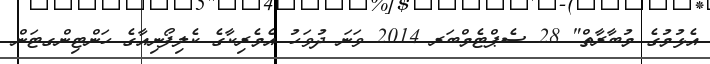
އެޅުމުގެ މުބާރާތް" 28 ސެޕްޓެމްބަރ 2014 ވަނަ ދުވަހު އެމެރިކާގެ ކެލިފޯނިއާގެ ހަންޓިންގޓަން